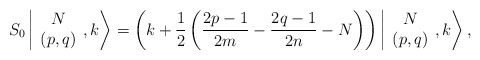
\begin{align*}S_0\left\vert \begin{array}{c} N\\ (p,q) \end{array}, k \right>=\left(k+ \displaystyle\frac{1}{2}\left( \frac{2p-1}{2m}- \frac{2q-1}{2n} -N \right) \right)\left\vert \begin{array}{c} N\\ (p,q) \end{array}, k \right>,\end{align*}